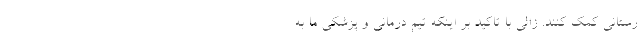
رستانی کمک کنند. زالی با تاکید بر اینکه تیم درمانی و پزشکی ما به